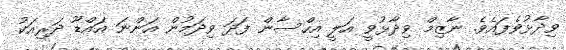
ވިދާޅުވެފައެވެ. ނާޒިމް ވިދާޅުވީ އަލީ އިހްސާން ފަދަ ވިދަމުން އަންނަ އައްޑޫ ދަރިއަކު